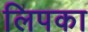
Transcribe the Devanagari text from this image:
लिपका